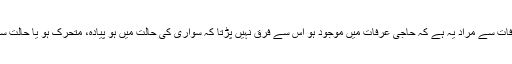
وقوف عرفات سے مراد یہ ہے کہ حاجی عرفات میں موجود ہو اس سے فرق نہیں پڑتا کہ سواری کی حالت میں ہو پیادہ، متحرک ہو یا حالت سکون میں ۔